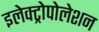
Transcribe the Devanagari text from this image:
इलेक्ट्रोपोलेशन